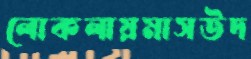
লোকলায়মাসউদ